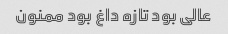
عالی بود تازه داغ بود ممنون